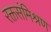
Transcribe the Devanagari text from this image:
रक्तसंमिश्रण